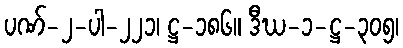
ပဏ်-၂-ပါ-၂၂၁၊ ဋ္ဌ-၁၈၆။ ဒီဃ-၁-ဋ္ဌ-၃၀၅၊